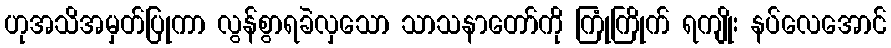
ဟုအသိအမှတ်ပြုကာ လွန်စွာရခဲလှသော သာသနာတော်ကို ကြုံကြိုက် ရကျိုး နပ်လေအောင်